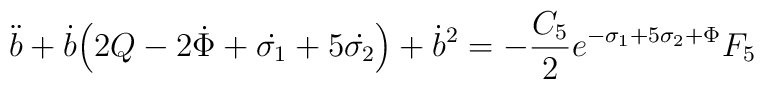
\ddot{b}+\dot{b}\Big{(}2Q-2\dot{\Phi}+\dot{\sigma_{1}}+5\dot{\sigma_{2}} \Big{)}+\dot{b}^{2}=-\frac{C_{5}}{2}e^{-\sigma_{1}+5\sigma_{2}+\Phi}F_{5}